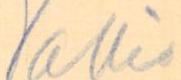
Vakio